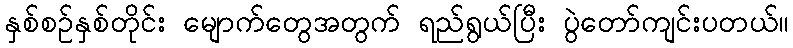
နှစ်စဉ်နှစ်တိုင်း မျောက်တွေအတွက် ရည်ရွယ်ပြီး ပွဲတော်ကျင်းပတယ်။